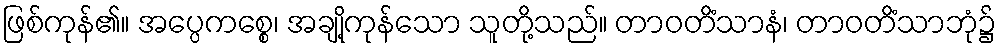
ဖြစ်ကုန်၏။ အပ္ပေကစ္စေ၊ အချို့ကုန်သော သူတို့သည်။ တာဝတိံသာနံ၊ တာဝတိံသာဘုံ၌